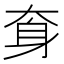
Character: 𡘪